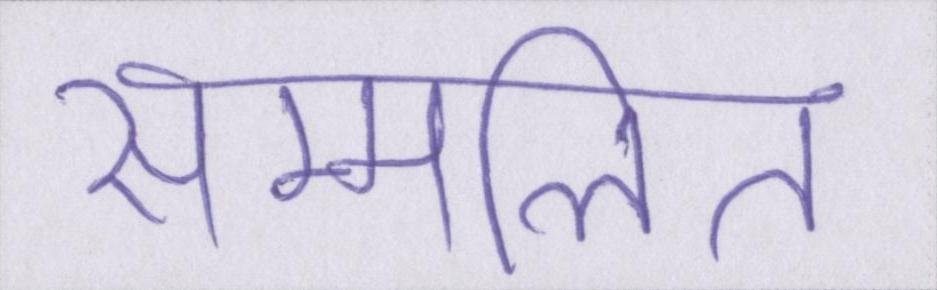
सम्मलित